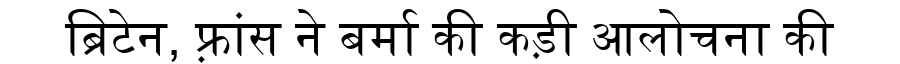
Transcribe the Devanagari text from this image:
ब्रिटेन, फ़्रांस ने बर्मा की कड़ी आलोचना की